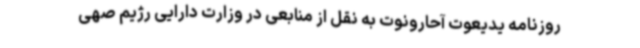
روزنامه یدیعوت آحارونوت به نقل از منابعی در وزارت دارایی رژیم صهی